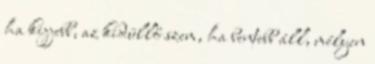
ha kijjebb, az kidüllő szem, ha bentebb áll, mélyen